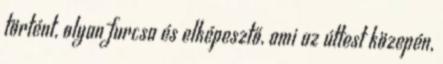
történt, olyan furcsa és elképesztő, ami az úttest közepén,